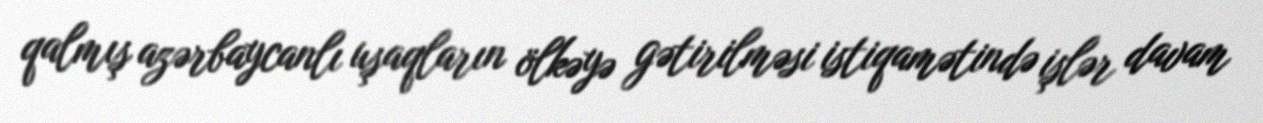
qalmış azərbaycanlı uşaqların ölkəyə gətirilməsi istiqamətində işlər davam